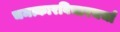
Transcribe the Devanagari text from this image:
चमत्कारविचारचर्चा